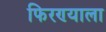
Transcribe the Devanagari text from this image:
फिरण्याला